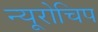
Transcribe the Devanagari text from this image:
न्यूरोचिप